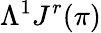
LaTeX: \Lambda^{1}J^{r}(\pi)